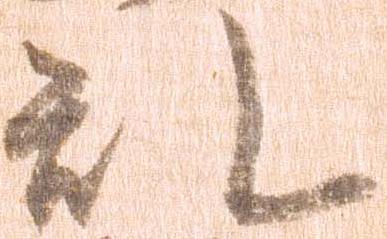
乱